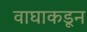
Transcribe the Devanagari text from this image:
वाघाकडून